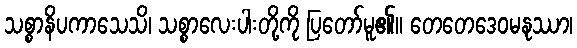
သစ္စာနိပကာသေသိ၊ သစ္စာလေးပါးတို့ကို ပြတော်မူ၏။ တေတေဒေဝမနုဿာ၊